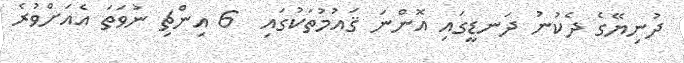
ދުނިޔޭގެ ދެކުނު ދަނޑީގައި އޮންނަ ޤައުމުތަކުގައި  6 އިންޗި ނުވަތަ އެއަށްވުރެ